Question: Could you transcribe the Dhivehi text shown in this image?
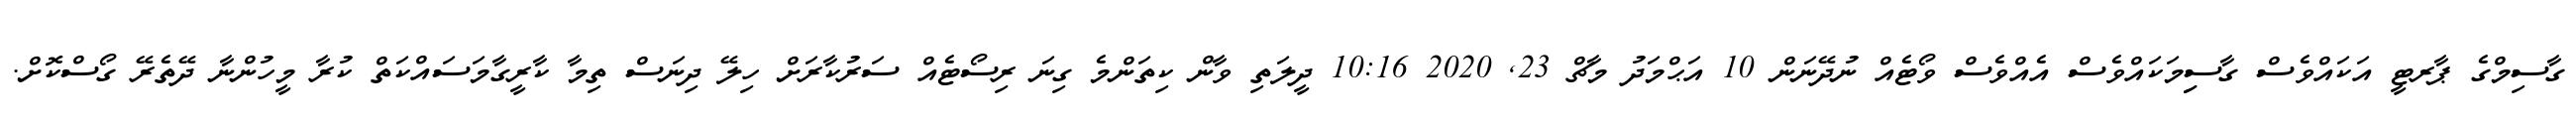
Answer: ގާސިމްގެ ޕާރޓީ އަކައްވެސް ގާސިިމަކައްވެސް އެއްވެސް ވޯޓެއް ނުދޭނަން 10 އަޙްމަދު މާޗް 23, 2020 10:16 ދީލަތި ވާން ކިތަންމެ ގިނަ ރިސޯޓެއް ސަރުކާރަށް ހިލޭ ދިނަސް ތިމާ ކާރީގާމަސައްކަތް ކުރާ މީހުންނާ ދޭތެރޭ ގޯސްކޮށް.